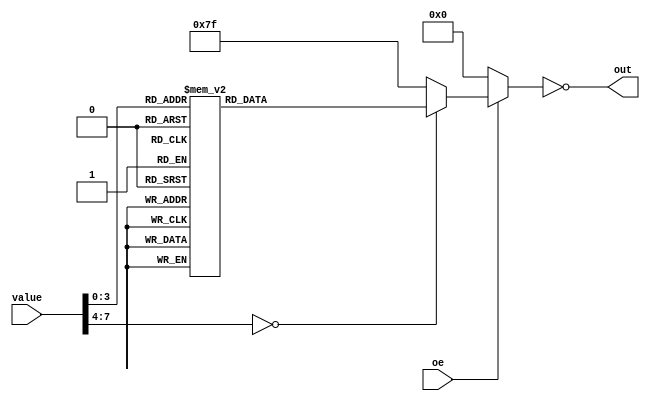
module hexLEDDriver(input [7:0] value, output [6:0] out, input oe);

	reg [6:0] segments;

	always @(value)
		begin
			if (oe == 1)
			begin
			case (value)
				8'h0:   segments = 7'h3F;
				8'h1:   segments = 7'h06;
				8'h2:   segments = 7'h5B;
				8'h3:   segments = 7'h4F;
				8'h4:   segments = 7'h66;
				8'h5:   segments = 7'h6D;
				8'h6:   segments = 7'h7D;
				8'h7:   segments = 7'h07;
				8'h8:   segments = 7'h7F;
				8'h9:   segments = 7'h67;
				8'hA:   segments = 7'h77;
				8'hB:   segments = 7'h7C;
				8'hC:   segments = 7'h39;
				8'hD:   segments = 7'h5E;
				8'hE:   segments = 7'h79;
				8'hF:   segments = 7'h71;
				default: segments = 7'h7f;
			endcase
			end
			else
			begin
				segments = 7'h00;
			end
	   end

	assign out = ~segments;

endmodule